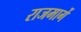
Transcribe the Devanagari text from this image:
राजमार्गे